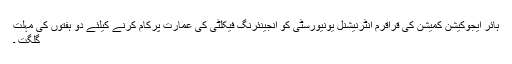
ہائر ایجوکیشن کمیشن کی قراقرم انٹرنیشنل یونیورسٹی کو انجینئرنگ فیکلٹی کی عمارت پرکام کرنے کیلئے دو ہفتوں کی مہلت
گلگت ۔